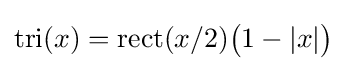
\operatorname {tri} (x)=\operatorname {rect} (x/2){\big (}1-|x|{\big )}